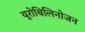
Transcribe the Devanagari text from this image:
यूरोबिलिनोजन